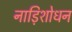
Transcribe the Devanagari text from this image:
नाड़िशोधन